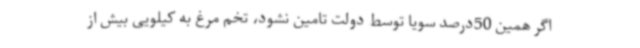
اگر همین 50درصد سویا توسط دولت تامین نشود، تخم مرغ به کیلویی بیش از